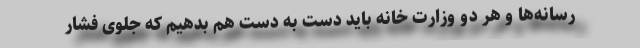
رسانه‌ها و هر دو وزارت خانه باید دست به دست هم بدهیم که جلوی فشار